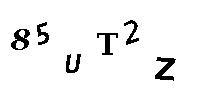
85UT2Z